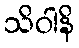
သိဝါနိ